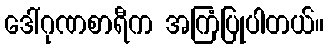
ဒေါ်ဂုဏစာရီက အကြံပြုပါတယ်။